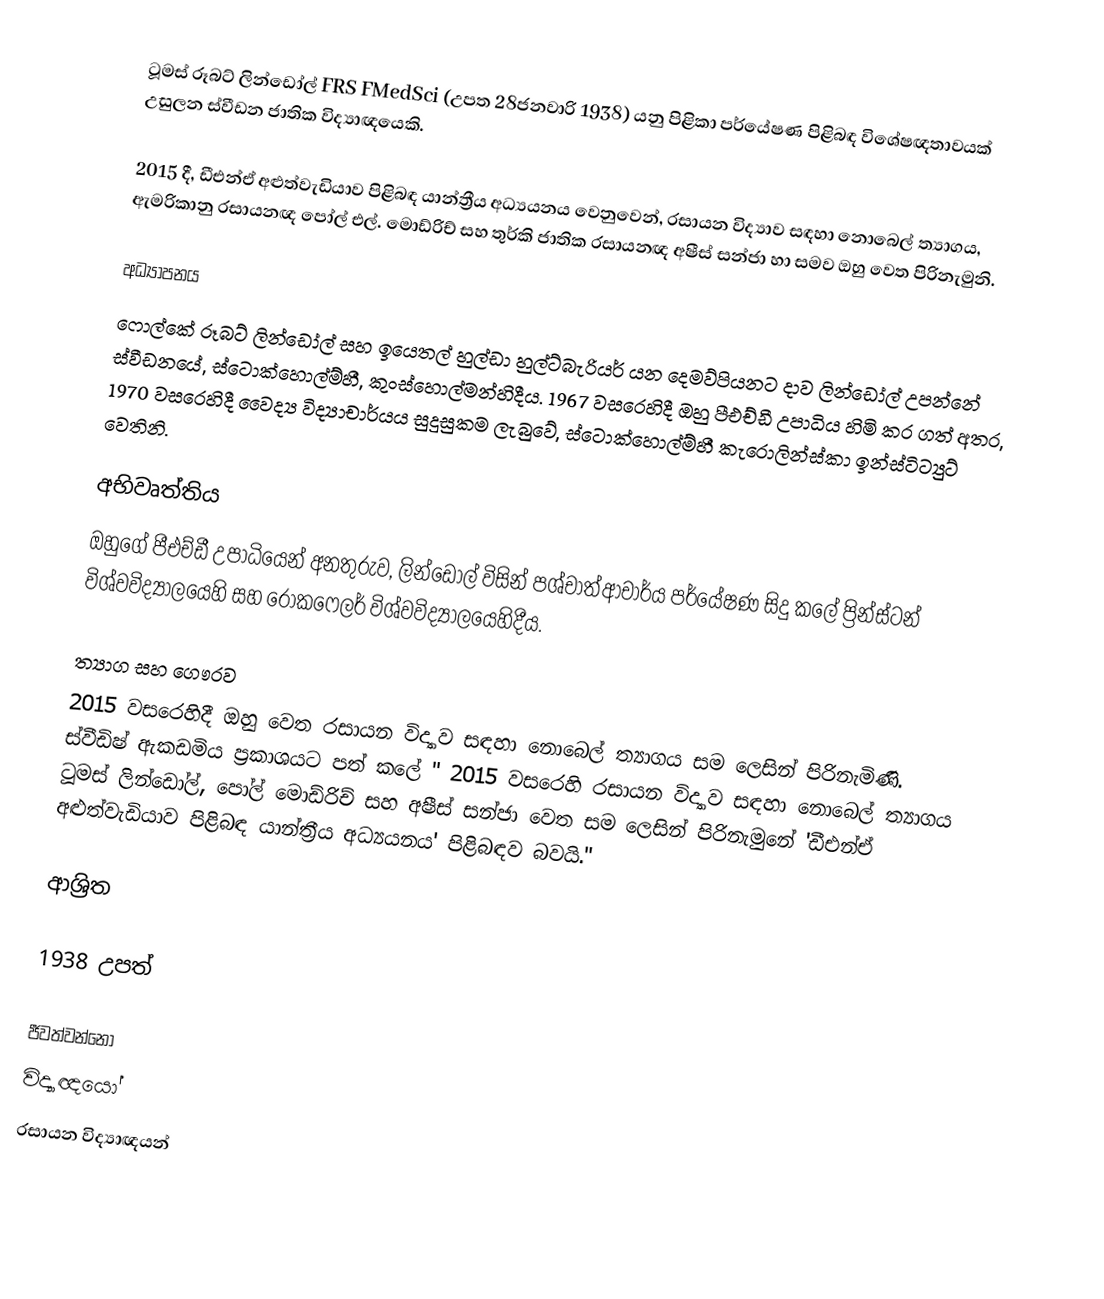
ටූමස් රූබට් ලින්ඩෝල් FRS FMedSci (උපත 28ජනවාරි 1938) යනු  පිළිකා පර්යේෂණ පිළිබඳ විශේෂඥතාවයක් උසුලන ස්වීඩන ජාතික විද්‍යාඥයෙකි.

2015 දී, ඩීඑන්ඒ අළුත්වැඩියාව පිළිබඳ  යාන්ත්‍රීය අධ්‍යයනය වෙනුවෙන්,  රසායන විද්‍යාව සඳහා නොබෙල් ත්‍යාගය,  ඇමරිකානු රසායනඥ පෝල් එල්. මොඩ්රිච්  සහ තුර්කි ජාතික රසායනඥ අෂීස් සන්ජා හා සමව ඔහු වෙත පිරිනැමුනි.

අධ්‍යාපනය
ෆොල්කේ රූබට් ලින්ඩෝල් සහ  ඉයෙතල් හුල්ඩා හුල්ට්බැරියර් යන දෙමව්පියනට දාව ලින්ඩෝල් උපන්නේ ස්වීඩනයේ,  ස්ටොක්හොල්ම්හී, කුංස්හොල්මන්හිදීය.  1967 වසරෙහිදී ඔහු පීඑච්ඩී උපාධිය හිමි කර ගත් අතර, 1970 වසරෙහිදී වෛද්‍ය විද්‍යාචාර්යය සුදුසුකම ලැබුවේ, ස්ටොක්හොල්ම්හී කැරොලින්ස්කා ඉන්ස්ටිට්‍යුට් වෙතිනි.

අභිවෘත්තිය
ඔහුගේ පීඑච්ඩී උපාධියෙන් අනතුරුව, ලින්ඩෝල් විසින් පශ්චාත්ආචාර්ය පර්යේෂණ සිදු කලේ  ප්‍රින්ස්ටන් විශ්වවිද්‍යාලයෙහි සහ රොකෆෙලර් විශ්වවිද්‍යාලයෙහිදීය.

ත්‍යාග සහ ගෞරව
2015 වසරෙහිදී ඔහු වෙත රසායන විද්‍යාව සඳහා නොබෙල් ත්‍යාගය සම ලෙසින් පිරිනැමිණි.  ස්වීඩිෂ් ඇකඩමිය ප්‍රකාශයට පත් කලේ " 2015 වසරෙහි රසායන විද්‍යාව සඳහා නොබෙල් ත්‍යාගය  ටූමස් ලින්ඩෝල්, පෝල් මොඩ්රිච්  සහ අෂීස් සන්ජා වෙත සම ලෙසින් පිරිනැමුනේ  'ඩීඑන්ඒ අළුත්වැඩියාව පිළිබඳ යාන්ත්‍රීය අධ්‍යයනය' පිළිබඳව බවයි."

ආශ්‍රිත

1938 උපත්

ජීවත්වන්නෝ
විද්‍යාඥයෝ
රසායන විද්‍යාඥයන්